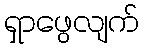
ရှာဖွေလျက်